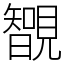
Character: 䚐